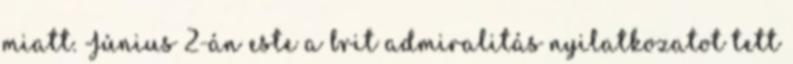
miatt. Június 2-án este a brit admiralitás nyilatkozatot tett